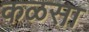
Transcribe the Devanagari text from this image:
कळसा